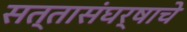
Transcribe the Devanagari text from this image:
सत्तासंघर्षाचे